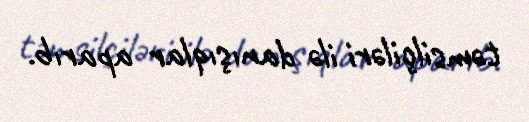
təmsilçiləri ilə danışıqlar aparıb.